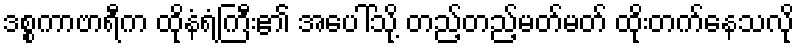
ဒစ္စကာဗာရီက ထိုနံရံကြီး၏ အပေါ်သို့ တည့်တည့်မတ်မတ် ထိုးတက်နေသလို